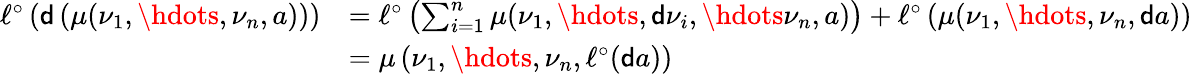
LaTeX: \begin{array}{rl}{\ell^{\circ}\left(\mathsf{d}\left(\mu({\nu_{1}},\hdots,{\nu_{n}},a)\right)\right)}&{=\ell^{\circ}\left(\sum_{i=1}^{n}\mu({\nu_{1}},\hdots,\mathsf d\nu_{i},\hdots{\nu_{n}},a)\right)+\ell^{\circ}\left(\mu({\nu_{1}},\hdots,{\nu_{n}},\mathsf da)\right)}\\ &{=\mu\left({\nu_{1}},\hdots,{\nu_{n}},\ell^{\circ}(\mathsf da)\right)}\end{array}